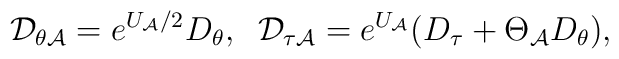
{\cal D}_{\theta{\cal A}}=e^{U_{\cal A}/2}D_\theta,\;\;{\cal D}_{\tau{\cal A}}=e^{U_{\cal A}}(D_\tau+\Theta_{\cal A}D_\theta),